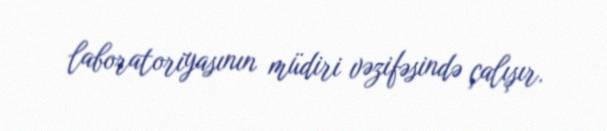
laboratoriyasının müdiri vəzifəsində çalışır.